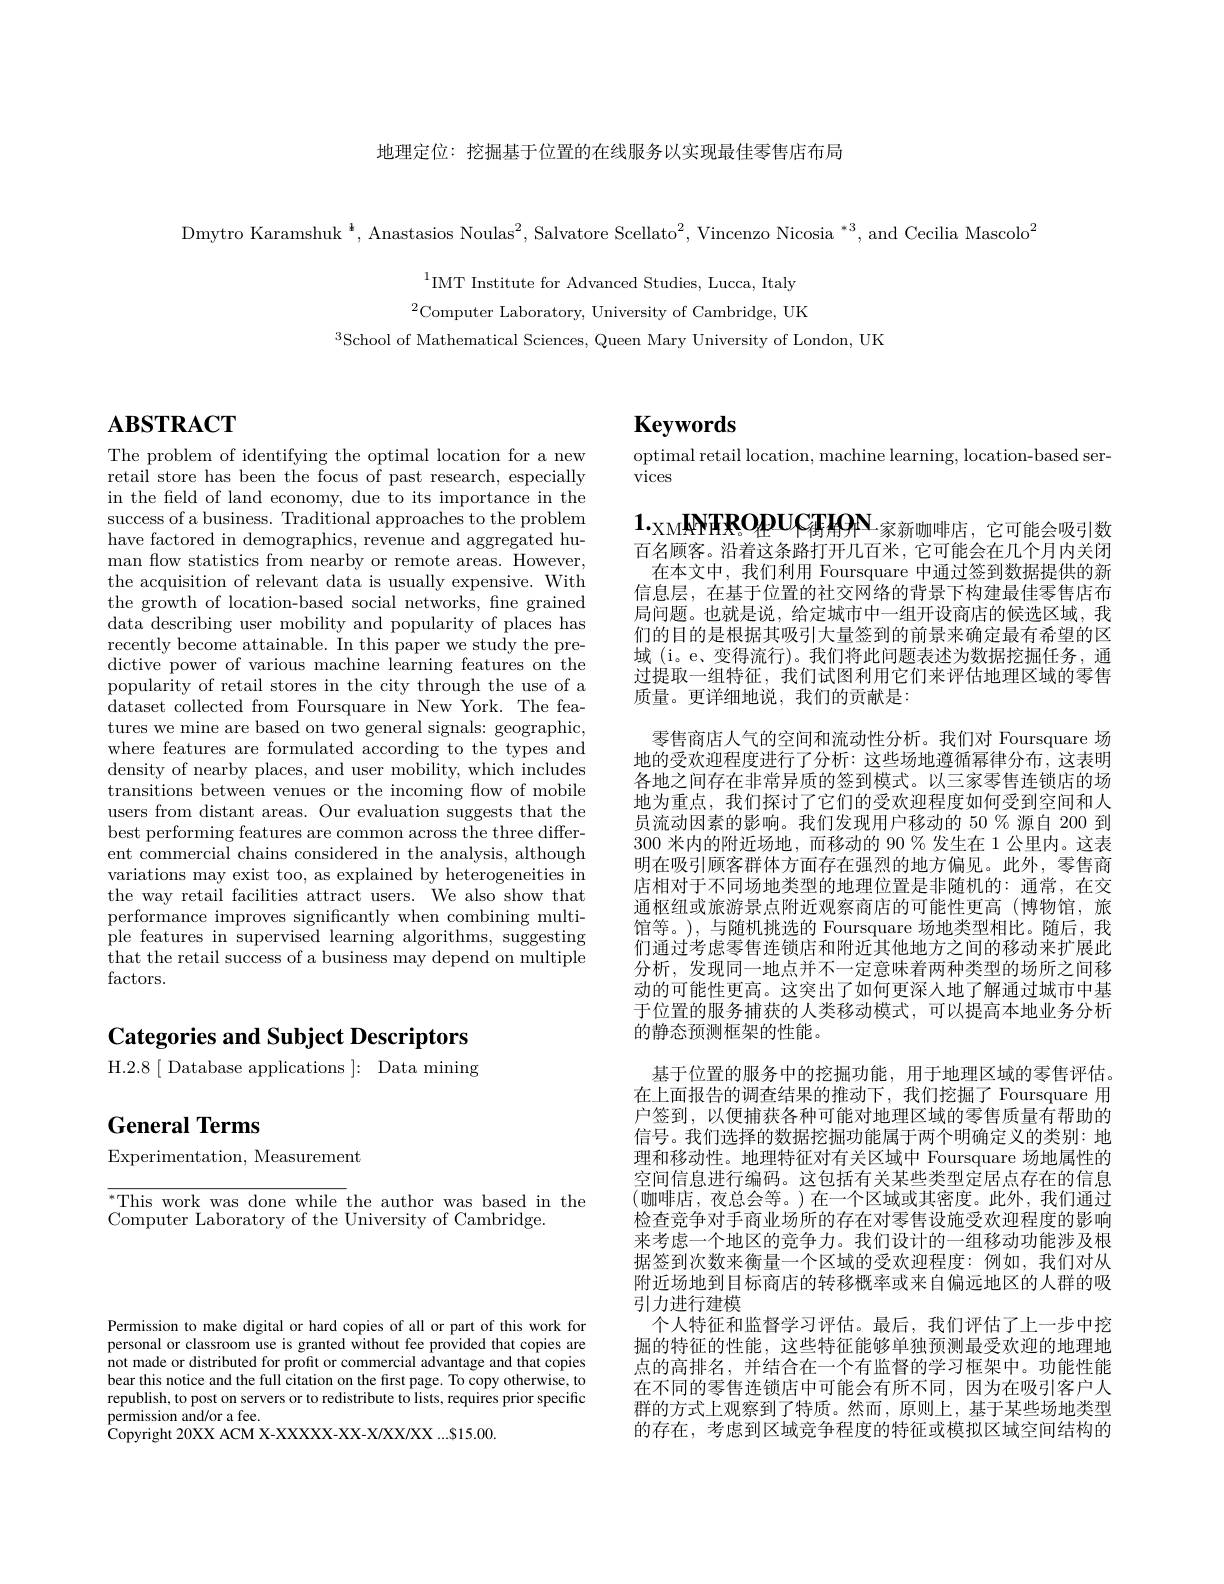
地理定位：挖掘基于位置的在线服务以实现最佳零售店布局

Dmytro Karamshuk $^{\:^{4}}$, Anastasios Noulas$^2$, Salvatore Scellato$^2$, Vincenzo Nicosia $^{*3}$, and Cecilia Mascolo$^2$

$^{1}$IMT Institute for Advanced Studies, Lucca, Italy $^{2}$Computer Laboratory, University of Cambridge, UK
$^{3}$School of Mathematical Sciences, Queen Mary University of London, UK

# $\mathbf{ABSTRACT}$

The problem of identifying the optimal location for a new retail store has been the focus of past research, especially in the feld of land economy, due to its importance in the success of a business. Traditional approaches to the problem have factored in demographics, revenue and aggregated human flow statistics from nearby or remote areas. However, the acquisition of relevant data is usually expensive. With the growth of location-based social networks, fine grained data describing user mobility and popularity of places has recently become attainable. In this paper we study the predictive power of various machine learning features on the popularity of retail stores in the city through the use of a dataset collected from Foursquare in New York. The features we mine are based on two general signals: geographic, where features are formulated according to the types and density of nearby places, and user mobility, which includes transitions between venues or the incoming flow of mobile users from distant areas. Our evaluation suggests that the best performing features are common across the three different commercial chains considered in the analysis, although variations may exist too, as explained by heterogeneities in the way retail facilities attract users. We also show that performance improves significantly when combining multiple features in supervised learning algorithms, suggesting that the retail success of a business may depend on multiple factors.

# Categories and Subject Descriptors H.2.8[ Database applications ]: Data mining

# General Terms

Experimentation, Measurement

$^*$This work was done while the author was based in the
Computer Laboratory of the University of Cambridge.

# $\mathbf{Keywords}$

optimal retail location, machine learning, location-based ser-
vices

$1._{\text{ХМ}}\textbf{ММТЖ ОДШСТНОР N}_{\text{家新咖啡店，它可能会吸引数}}$ 百名顾客。沿着这条路打开几百米，它可能会在几个月内关闭

在本文中，我们利用 Foursquare 中通过签到数据提供的新信息层，在基于位置的社交网络的背景下构建最佳零售店布局问题。也就是说，给定城市中一组开设商店的候选区域，我们的目的是根据其吸引大量签到的前景来确定最有希望的区域 (i。e、变得流行)。我们将此问题表述为数据挖掘任务，通过提取一组特征，我们试图利用它们来评估地理区域的零售质量。更详细地说，我们的贡献是：

零售商店人气的空间和流动性分析。我们对 Foursquare 场地的受欢迎程度进行了分析：这些场地遵循幂律分布，这表明各地之间存在非常异质的签到模式。以三家零售连锁店的场地为重点，我们探讨了它们的受欢迎程度如何受到空间和人员流动因素的影响。我们发现用户移动的 50 % 源自 200 到300 米内的附近场地，而移动的 90 % 发生在 1 公里内。这表明在吸引顾客群体方面存在强烈的地方偏见。此外，零售商店相对于不同场地类型的地理位置是非随机的：通常，在交通枢纽或旅游景点附近观察商店的可能性更高(博物馆，旅馆等。), 与随机挑选的 Foursquare 场地类型相比。随后，我们通过考虑零售连锁店和附近其他地方之间的移动来扩展此分析，发现同一地点并不一定意味着两种类型的场所之间移动的可能性更高。这突出了如何更深人地了解通过城市中基于位置的服务捕获的人类移动模式，可以提高本地业务分析

的静态预测框架的性能。
基于位置的服务中的挖掘功能，用于地理区域的零售评估。在上面报告的调查结果的推动下，我们挖掘了Foursquare 用户签到，以便捕获各种可能对地理区域的零售质量有帮助的信号。我们选择的数据挖掘功能属于两个明确定义的类别：地理和移动性。地理特征对有关区域中 Foursquare 场地属性的空间信息进行编码。这包括有关某些类型定居点存在的信息(咖啡店，夜总会等。)在一个区域或其密度。此外，我们通过检查竞争对手商业场所的存在对零售设施受欢迎程度的影响来考虑一个地区的竞争力。我们设计的一组移动功能涉及根据签到次数来衡量一个区域的受欢迎程度：例如，我们对从附近场地到目标商店的转移概率或来自偏远地区的人群的吸引力进行建模
个人特征和监督学习评估。最后，我们评估了上一步中挖掘的特征的性能，这些特征能够单独预测最受欢迎的地理地点的高排名，并结合在一个有监督的学习框架中。功能性能在不同的零售连锁店中可能会有所不同，因为在吸引客户人群的方式上观察到了特质。然而，原则上，基于某些场地类型的存在，考虑到区域竞争程度的特征或模拟区域空间结构的

Permission to make digital or hard copies of all or part of this work for personal or classroom use is granted without fee provided that copies are not made or distributed for profit or commercial advantage and that copies bear this notice and the full citation on the first page. To copy otherwise, to republish, to post on servers or to redistribute to lists, requires prior specific $\hat{\text{permission and/or a fee.}}$
${\overset{\mathrm{Copyright~20XX~ACM~X-XXXXX-XX-X/XX/XXX~...$15.00.}}}$